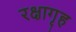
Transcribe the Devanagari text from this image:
रक्षागृह